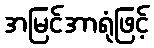
အမြင်အာရုံဖြင့်